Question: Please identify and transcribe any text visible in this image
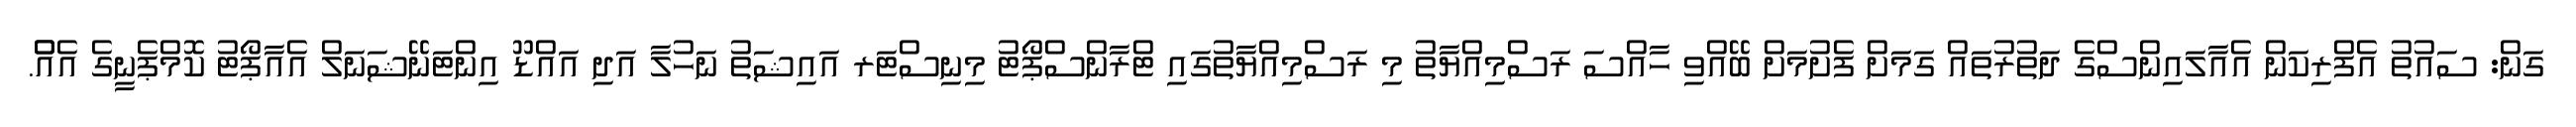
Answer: ގަން: ސައުތު އެފްރިކަން އެއާލައިންސްގެ ދަތުރުތައް ގަމަށް ފެށުމަށް ބޭއްވި ހާއްސަ ރަސްމިއްޔާތު މި ރަސްމިއްޔާތުގައި ޓްރާންސްޕޯޓު މިނިސްޓަރ އައިޝަތު ނަހުލާ އަދި އައްޑޫ އިންޓަނޭޝަނަލް އެއާޕޯޓު ކޮމްޕެނީގެ އެއްް.